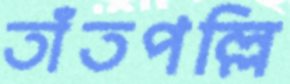
তাঁতপল্লি